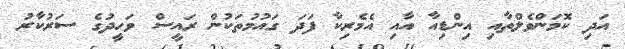
އަދި ކޮމަންވެލްތާއި އިންޑިއާ އާއި އެމެރިކާ ފަދަ ގައުމުތަކުން ރައީސް ވަހީދުގެ ސަރުކާރު